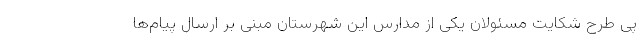
پی طرح شکایت مسئولان یکی از مدارس این شهرستان مبنی بر ارسال پیام‌ها